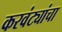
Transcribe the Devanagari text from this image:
करवंट्यांचा